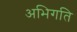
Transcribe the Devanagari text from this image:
अभिगति